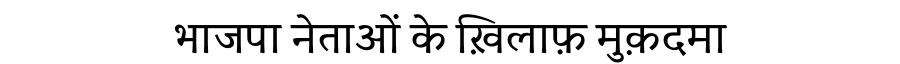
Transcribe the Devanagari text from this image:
भाजपा नेताओं के ख़िलाफ़ मुक़दमा